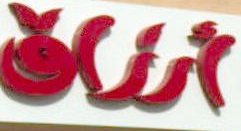
أرزاق